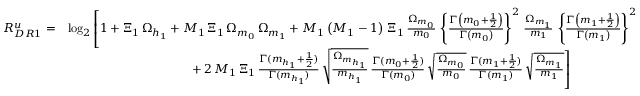
\begin{array} { r l } { R _ { D R 1 } ^ { u } = } & { \log _ { 2 } \left[ 1 + \Xi _ { 1 } \, { \Omega _ { h _ { 1 } } } + M _ { 1 } \, \Xi _ { 1 } \, { \Omega _ { m _ { 0 } } \, \Omega _ { m _ { 1 } } } + M _ { 1 } \left( M _ { 1 } - 1 \right) \, \Xi _ { 1 } \, \frac { \Omega _ { m _ { 0 } } } { m _ { 0 } } \, \left\{ \frac { \Gamma \left( m _ { 0 } + \frac { 1 } { 2 } \right) } { \Gamma \left( m _ { 0 } \right) } \right\} ^ { 2 } \, \frac { \Omega _ { m _ { 1 } } } { m _ { 1 } } \, \left\{ \frac { \Gamma \left( m _ { 1 } + \frac { 1 } { 2 } \right) } { \Gamma \left( m _ { 1 } \right) } \right\} ^ { 2 } \right. } \\ & { \left. \qquad \qquad \qquad \qquad \qquad + \, 2 \, M _ { 1 } \, \Xi _ { 1 } \, \frac { \Gamma ( m _ { h _ { 1 } } + \frac { 1 } { 2 } ) } { \Gamma ( m _ { h _ { 1 } } ) } \, \sqrt { \frac { \Omega _ { m _ { h _ { 1 } } } } { m _ { h _ { 1 } } } } \, \frac { \Gamma ( m _ { 0 } + \frac { 1 } { 2 } ) } { \Gamma ( m _ { 0 } ) } \, \sqrt { \frac { \Omega _ { m _ { 0 } } } { m _ { 0 } } } \, \frac { \Gamma ( m _ { 1 } + \frac { 1 } { 2 } ) } { \Gamma ( m _ { 1 } ) } \, \sqrt { \frac { \Omega _ { m _ { 1 } } } { m _ { 1 } } } \right] } \end{array}